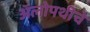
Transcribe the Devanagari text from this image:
अॅलोपथीचे